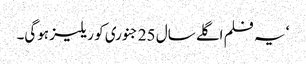
‘ یہ فلم اگلے سال 25 جنوری کو ریلیز ہوگی۔